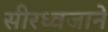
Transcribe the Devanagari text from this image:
सीरध्वजाने